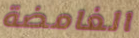
الغامضة